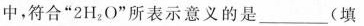
中，符合“2H_{2}O”所表示意义的是___(填